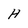
Character: H